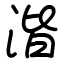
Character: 湝